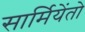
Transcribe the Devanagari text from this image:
सार्मियेंतो